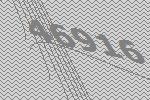
46916